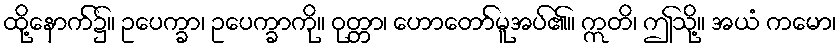
ထို့နောက်၌။ ဥပေက္ခာ၊ ဥပေက္ခာကို။ ဝုတ္တာ၊ ဟောတော်မူအပ်၏။ ဣတိ၊ ဤသို့။ အယံ ကမော၊